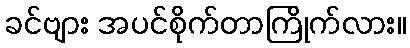
ခင်ဗျား အပင်စိုက်တာကြိုက်လား။